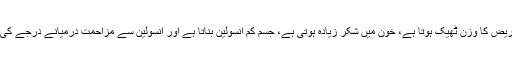
اس میں مریض کا وزن ٹھیک ہوتا ہے، خون میں شکر زیادہ ہوتی ہے، جسم کم انسولین بناتا ہے اور انسولین سے مزاحمت درمیانے درجے کی ہوتی ہے۔